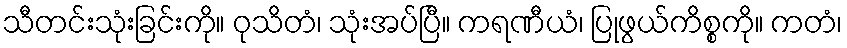
သီတင်းသုံးခြင်းကို။ ဝုသိတံ၊ သုံးအပ်ပြီ။ ကရဏီယံ၊ ပြုဖွယ်ကိစ္စကို။ ကတံ၊